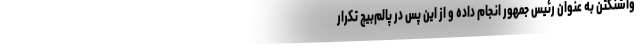
واشنگتن به عنوان رئیس جمهور انجام داده و از این پس در پالم‌بیچ تکرار